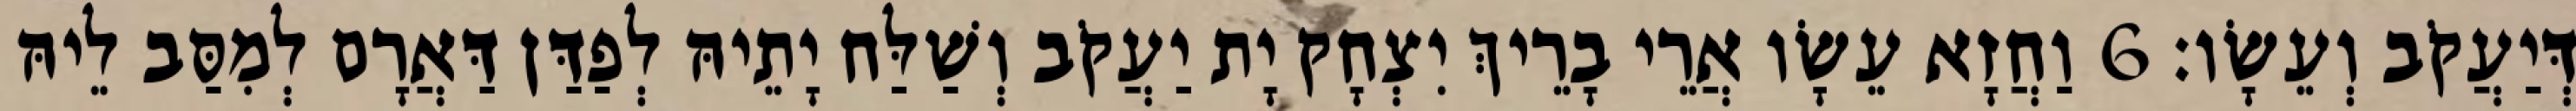
דְּיַעֲקֹב וְעֵשָׂו׃ 6 וַחֲזָא עֵשָׂו אֲרֵי בָרֵיךְ יִצְחָק יָת יַעֲקֹב וְשַׁלַּח יָתֵיהּ לְפַדַּן דַּאֲרָם לְמִסַּב לֵיהּ